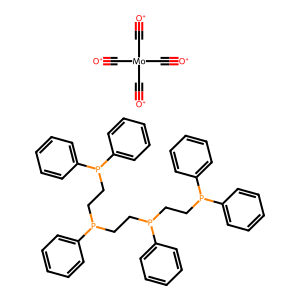
SMILES: [O+]#C[Mo](C#[O+])(C#[O+])C#[O+].c1ccc(P(CCP(CCP(c2ccccc2)c2ccccc2)c2ccccc2)CCP(c2ccccc2)c2ccccc2)cc1
Inhibits HIV replication: No